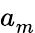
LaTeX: a_{m}^{\phantom{\dagger}}